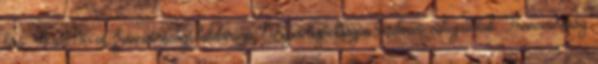
bíró. A 2016-os, franciaországi labdarúgó Európa-bajnokságon résztvevő válogatottak: Franciaország